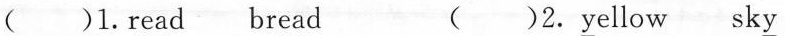
( )1.r\underline{ea}d br